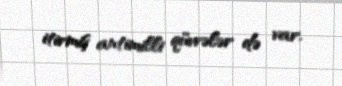
itirmiş antimilli qüvvələr də var.